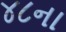
૪૮ના